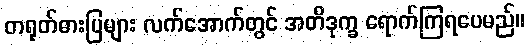
တရုတ်ဓားပြများ လက်အောက်တွင် အတိဒုက္ခ ရောက်ကြရပေမည်။